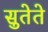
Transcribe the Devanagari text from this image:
सुतेते